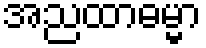
အညထာဓမ္မာ